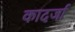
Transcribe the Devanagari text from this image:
कादर्जा